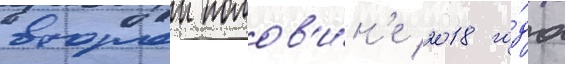
второи полов'и́н'е 2018 го́да